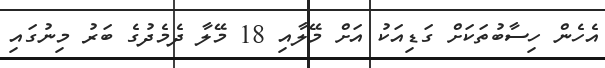
އެހެން ހިސާބުތަކަށް ގަޑިއަކު އަށް މޭލާއި 18 މޭލާ ދެމެދުގެ ބަރު މިނުގައި